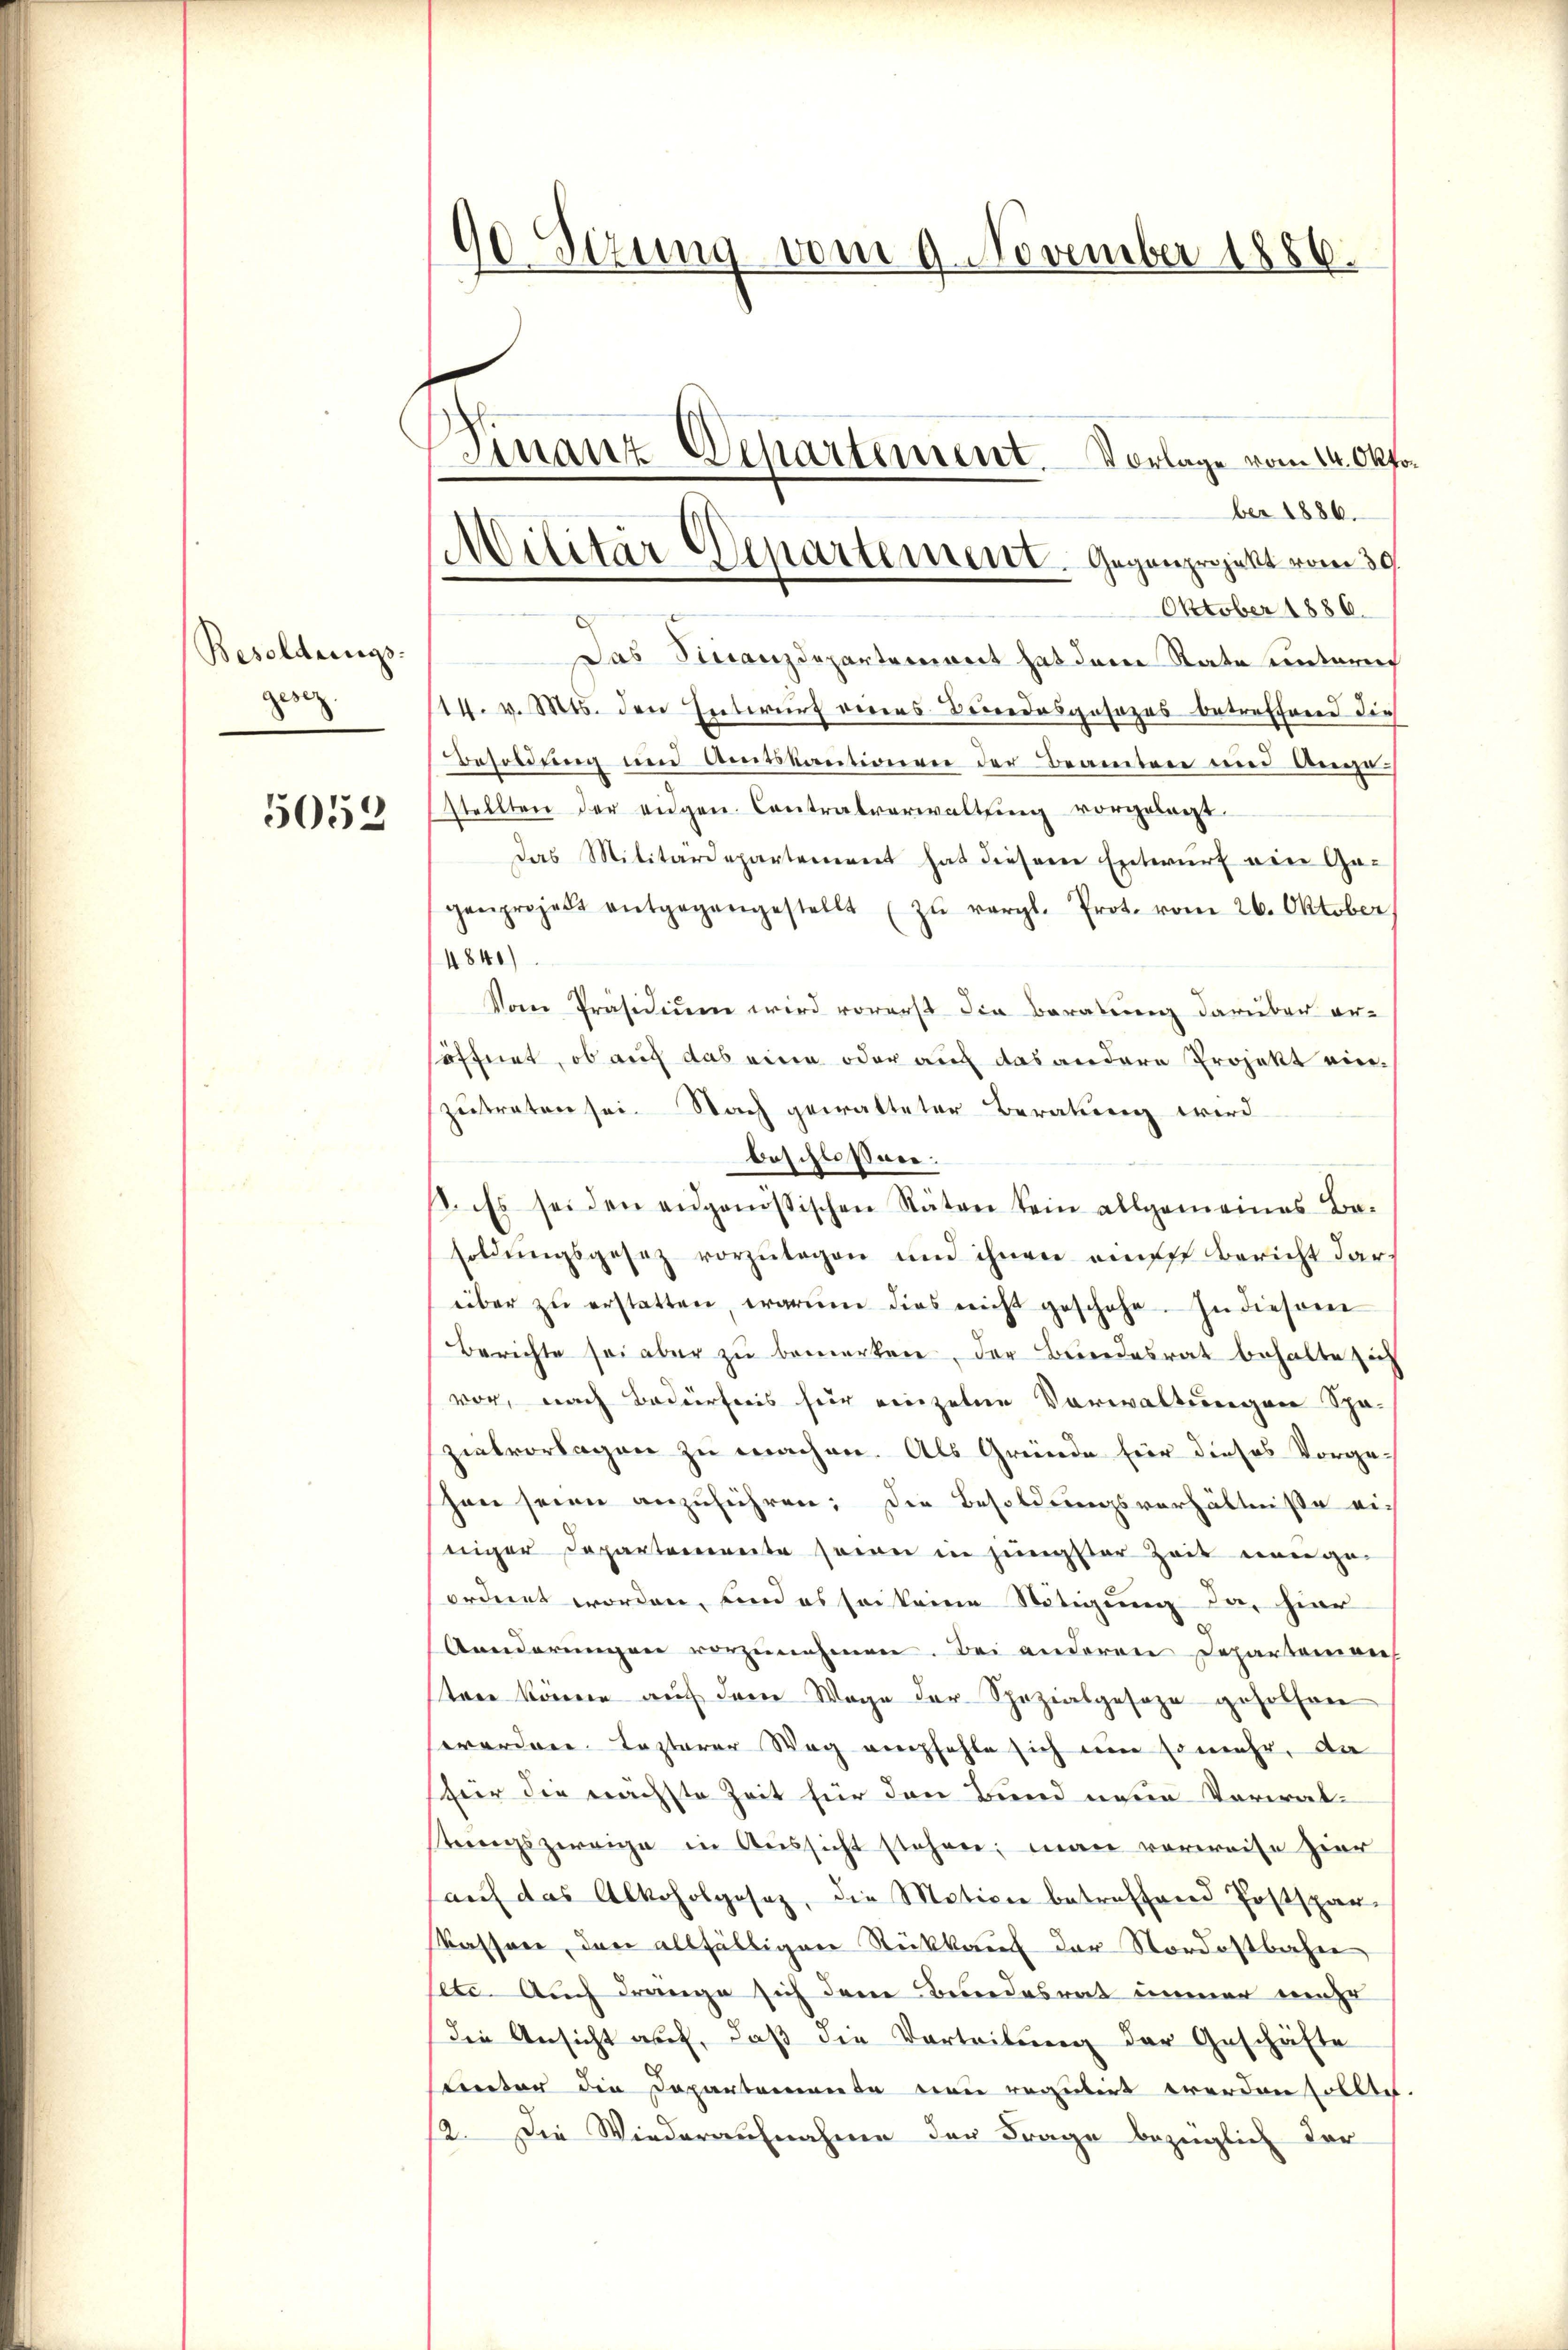
Besoldungs-
gesez
5059

90 Sizung vom 9. November 1886.
Finanz Separtement. Vorlage vom 14. Okto¬

Militär Departement. Gegenprojekt vom 30.

ber 1886.
Oktober 1886.
Das Sinanzdepartement hat dem Rate unterm
14. v. Mts. den Entwurf eines Beredesgesezes betreffend die
Besoldung und Amtskautionen der Beamten und Auge
stellten der eidgen. Contralverwaltung vorgelegt.
Das Militärdepartement hat diesem Entwurf ein Gegenprojekt entgegangestellt zŭ vergl. Prot. vom 26. Oktober
4840)
Vom Präsidium wird vorerst die Beratung darüber er-
öffnet, ob auch das eine oder auch das andere Projekt einzutreten sei. Nach gewalteter Beratung wird
beschlossen:
. Es sei den angenössischen Stäten kein allgemeines Be-
soldŭngsgesetz vorzŭlegen und ihnen auf Bericht dar-
über zŭ erstatten, warum dies nicht geschehe. In diesem
Berichte sei aber zu bemerken, der Bundesrat behalte sich
vor, nach Bedürfnis für einzelne Vorwaltungen Spa-
zielvorlagen zu machen. Als Gründe für dieses Vorge-
hen seien anzuführen; die Besoldungsverhältnisse einiger Departemente seien in jüngster Zeit eingeordnet worden, und es sei keine Stätigung da, hier
Aenderŭngen vorzŭnehmen. Bei anderen Departonion
teen können auch dem Wege der Spezialgeseze geholfen
worden. Lezterer Weg empfehle sich um so mehr, da
fier die nächste Zeit für den Bund neue Verwal-
stungszweige in Aussicht stehen; man verweise hier
auf das Alkoholgesetz, die Motion betreffend Postspar-
Kassere, den allfälligen Rückkauf der Nordostbahne
etc. Auch drange sich dem Bundesrat immer mehr
Die Ansicht auf, daß die Vorteilung der Geschäfte
Unter die Departemente von regulirt werden sollte
12. Die Wiederaufnahme der Frage bezüglich der